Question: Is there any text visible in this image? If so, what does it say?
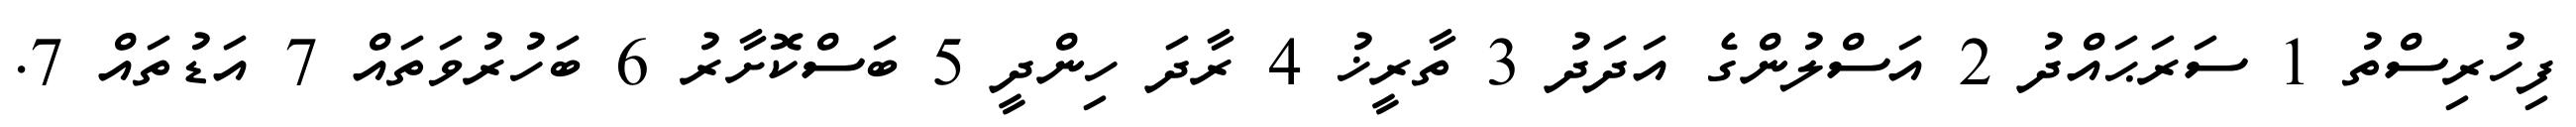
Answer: ފިހުރިސްތު 1 ސަރަޙައްދު 2 އަސްލުންގެ އަދަދު 3 ތާރީޚު 4 ރާދަ ހިންދީ 5 ބަސްކޮށާރު 6 ބަހުރުވަތައް 7 އަޑުތައް 7.